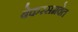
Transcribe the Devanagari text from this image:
बेकरसमवेत